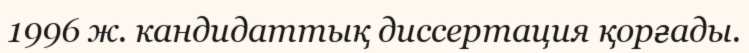
1996 ж. кандидаттық диссертация қорғады.